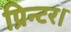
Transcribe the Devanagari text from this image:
प्रिन्टर।